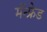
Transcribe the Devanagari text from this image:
मॅन्फ्रेड